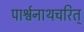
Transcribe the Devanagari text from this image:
पार्श्वनाथचरित्